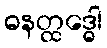
ဓနတ္ထဒ္ဓေါ